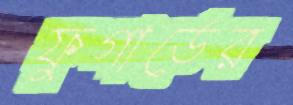
ফুগার্ডের